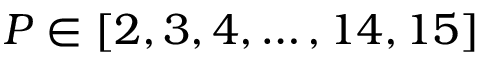
P \in [ 2 , 3 , 4 , \dots , 1 4 , 1 5 ]